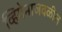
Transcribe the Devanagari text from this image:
व्हियेनाजवळील